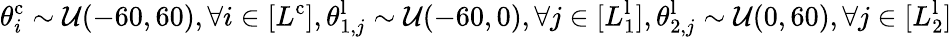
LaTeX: \theta_{i}^{\mathrm{c}}\sim\mathcal{U}(-60,60),\forall i\in[L^{\mathrm{c}}],\theta_{1,j}^{\mathrm{l}}\sim\mathcal{U}(-60,0),\forall j\in[L_{1}^{\mathrm{l}}],\theta_{2,j}^{\mathrm{l}}\sim\mathcal{U}(0,60),\forall j\in[L_{2}^{\mathrm{l}}]